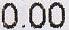
0.00